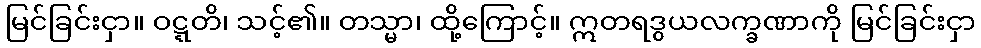
မြင်ခြင်းငှာ။ ဝဋ္ဋတိ၊ သင့်၏။ တသ္မာ၊ ထို့ကြောင့်။ ဣတရဒွယလက္ခဏာကို မြင်ခြင်းငှာ